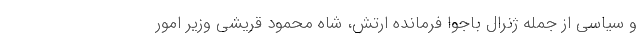
و سیاسی از جمله ژنرال باجوا فرمانده ارتش، شاه محمود قریشی وزیر امور